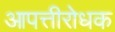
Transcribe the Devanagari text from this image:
आपत्तीरोधक